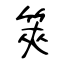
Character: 筴